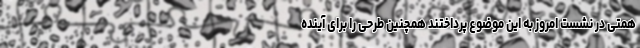
همتی در نشست امروز به این موضوع پرداختند همچنین طرحی را برای آینده